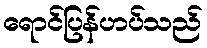
ရောင်ပြန်ဟပ်သည်